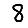
Digit: 8